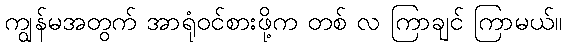
ကျွန်မအတွက် အာရုံဝင်စားဖို့က တစ် လ ကြာချင် ကြာမယ်။